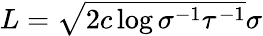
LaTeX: \begin{array}{r}{L=\sqrt{2c\log{\sigma^{-1}\tau^{-1}}}\sigma}\end{array}